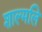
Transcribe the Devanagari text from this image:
शाल्मलि